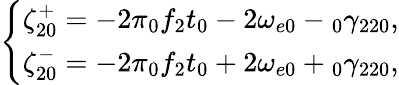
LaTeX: \left\{ \begin{array}{c}{\zeta_{20}^{+}=-2\pi\phantom{}_{0}f_{2}t_{0}-2\omega_{e0}-\phantom{}_{0}\gamma_{220},}\\ {\zeta_{20}^{-}=-2\pi\phantom{}_{0}f_{2}t_{0}+2\omega_{e0}+\phantom{}_{0}\gamma_{220},}\end{array}\right.